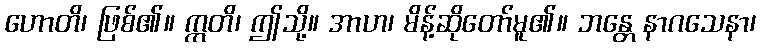
ဟောတိ၊ ဖြစ်၏။ ဣတိ၊ ဤသို့။ အာဟ၊ မိန့်ဆိုတော်မူ၏။ ဘန္တေ နာဂသေနာ၊